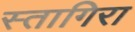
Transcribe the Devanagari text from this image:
स्तागिरा